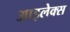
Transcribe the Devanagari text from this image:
आइलेक्स